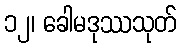
၁၂၊ ခေါမဒုဿသုတ်